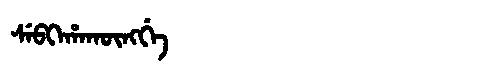
Manchu: ᠰᡝᠪᡴᡝᡥᠠᡴᡡᠩᡤᡝ
Romanization: SEBKEHAKŪNGGE